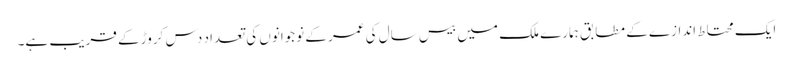
ایک محتاط اندازے کے مطابق ہمارے ملک میں بیس سال کی عمر کے نوجوانوں کی تعداد دس کروڑ کے قریب ہے۔